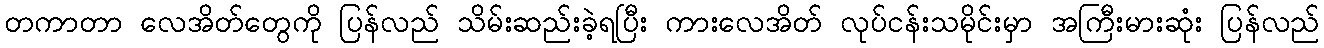
တကာတာ လေအိတ်တွေကို ပြန်လည် သိမ်းဆည်းခဲ့ရပြီး ကားလေအိတ် လုပ်ငန်းသမိုင်းမှာ အကြီးမားဆုံး ပြန်လည်